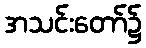
အသင်းတော်၌